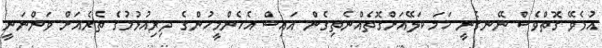
އުޅެވޭ ގޮތްވެސް ނޭނގެނީ ހަމަ ކަލޭއަށްގޮތެއްނެތިގެން އައިސް އެހެންމީހުންގެ ދިރިއުޅުމުގެ ތެރެއަށް ވަންނަނީ